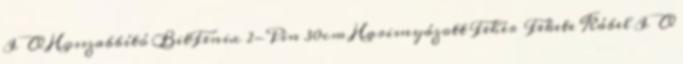
I O Hosszabbító BitFenix 2-Pin 30cm Harisnyázott Fehér Fekete Kábel I O